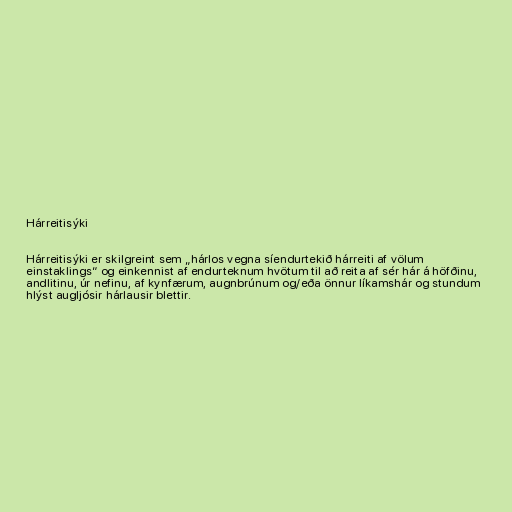
Hárreitisýki

Hárreitisýki er skilgreint sem „hárlos vegna síendurtekið hárreiti af völum
einstaklings“ og einkennist af endurteknum hvötum til að reita af sér hár á höfðinu,
andlitinu, úr nefinu, af kynfærum, augnbrúnum og/eða önnur líkamshár og stundum
hlýst augljósir hárlausir blettir.